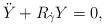
LaTeX: \begin{align*}\ddot Y+R_{\dot\gamma}Y=0,\end{align*}